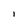
Character: 1